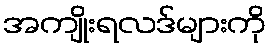
အကျိုးရလဒ်များကို